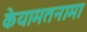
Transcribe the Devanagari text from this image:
केयामतनामा